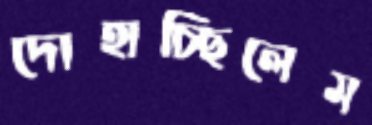
দোহাচ্ছিলেম